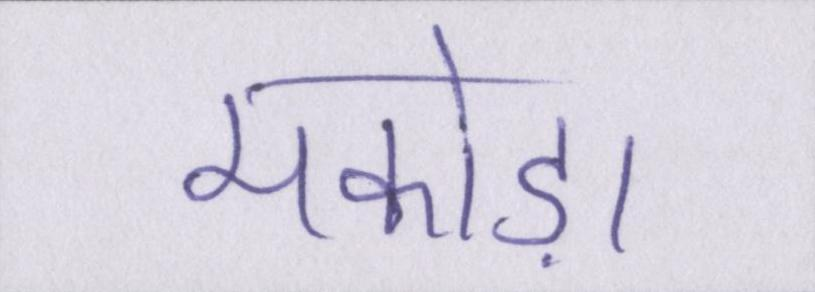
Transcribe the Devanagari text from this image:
मकोड़ा